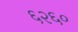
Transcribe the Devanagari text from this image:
६२६०